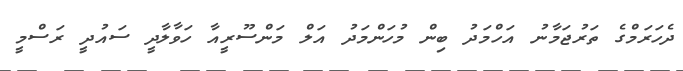
ދެހަރަމްގެ ތަރުޖަމާނު އަހްމަދު ބިން މުހަންމަދު އަލް މަންސޫރީއާ ހަވާލާދީ ސައުދީ ރަސްމީ